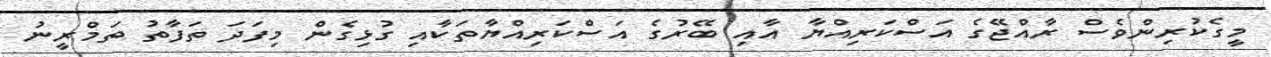
މީގެކުރިންވެސް ރާއްޖޭގެ އަސްކަރިއްޔާ އާއި ބޭރުގެ އަސްކަރިއްޔާތަކާއި ގުޅިގެން މިފަދަ ތަފާތު ތަމްރީނު